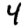
Digit: 4